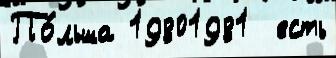
По́льша 19801981  есть